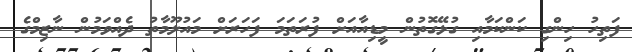
ފަތިހު ހިންގި ކަންކަމާއި ގުޅޭގޮތުން މީޑިއާއަށް ފުރަތަމަ ފަހަރަށް މައުލޫމާތު ދެއްވަމުން ނާޒިމްގެ